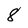
Character: 8